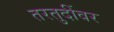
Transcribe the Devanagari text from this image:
तरतुदींवर